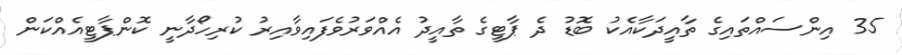
35 އިންސައްތައިގެ ތާއީދަކާއެކު ބޮޑު ދެ ޕާޓީގެ ތާއީދު އެއްވަރުވެފައިވާއިރު ކުރިހޯދާނީ ކޮންޕާޓީއެއްކަން